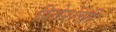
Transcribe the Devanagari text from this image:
रितेशची